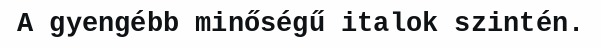
A gyengébb minőségű italok szintén.